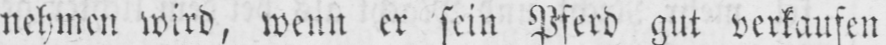
nehmen wird, wenn er sein Pferd gut verkaufen